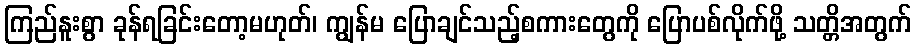
ကြည်နူးစွာ ခုန်ရခြင်းတော့မဟုတ်၊ ကျွန်မ ပြောချင်သည့်စကားတွေကို ပြောပစ်လိုက်ဖို့ သတ္တိအတွက်